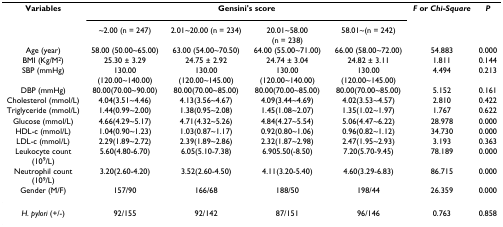
<table><thead><tr><td><b>Variables</b></td><td colspan="4"><b>Gensini&#x27;s score</b></td><td><b><i>F </i>or <i>Chi-Square</i></b></td><td><b><i>P</i></b></td></tr><tr><td></td><td><b>~2.00 (n = 247)</b></td><td><b>2.01~20.00 (n = 234)</b></td><td><b>20.01~58.00 (n = 238)</b></td><td><b>58.01~(n = 242)</b></td><td></td><td></td></tr><tr><td><b>Age (year)</b></td><td><b>58.00 (50.00~65.00)</b></td><td><b>63.00 (54.00~70.50)</b></td><td><b>64.00 (55.00~71.00)</b></td><td><b>66.00 (58.00~72.00)</b></td><td><b>54.883</b></td><td><b>0.000</b></td></tr><tr><td><b>BMI (Kg/M<sup>2</sup>)</b></td><td><b>25.30 ± 3.29</b></td><td><b>24.75 ± 2.92</b></td><td><b>24.74 ± 3.04</b></td><td><b>24.82 ± 3.11</b></td><td><b>1.811</b></td><td><b>0.144</b></td></tr><tr><td><b>SBP (mmHg)</b></td><td><b>130.00(120.00~140.00)</b></td><td><b>130.00(120.00~145.00)</b></td><td><b>130.00(120.00~140.00)</b></td><td><b>130.00(120.00~145.00)</b></td><td><b>4.494</b></td><td><b>0.213</b></td></tr><tr><td><b>DBP (mmHg)</b></td><td><b>80.00(70.00~90.00)</b></td><td><b>80.00(70.00~85.00)</b></td><td><b>80.00(70.00~85.00)</b></td><td><b>80.00(70.00~85.00)</b></td><td><b>5.152</b></td><td><b>0.161</b></td></tr><tr><td><b>Cholesterol (mmol/L)</b></td><td><b>4.04(3.51~4.46)</b></td><td><b>4.13(3.56~4.67)</b></td><td><b>4.09(3.44~4.69)</b></td><td><b>4.02(3.53~4.57)</b></td><td><b>2.810</b></td><td><b>0.422</b></td></tr><tr><td><b>Triglyceride (mmol/L)</b></td><td><b>1.44(0.99~2.00)</b></td><td><b>1.38(0.95~2.08)</b></td><td><b>1.45(1.08~2.07)</b></td><td><b>1.35(1.02~1.97)</b></td><td><b>1.767</b></td><td><b>0.622</b></td></tr><tr><td><b>Glucose (mmol/L)</b></td><td><b>4.66(4.29~5.17)</b></td><td><b>4.71(4.32~5.26)</b></td><td><b>4.84(4.27~5.54)</b></td><td><b>5.06(4.47~6.22)</b></td><td><b>28.978</b></td><td><b>0.000</b></td></tr><tr><td><b>HDL-c (mmol/L)</b></td><td><b>1.04(0.90~1.23)</b></td><td><b>1.03(0.87~1.17)</b></td><td><b>0.92(0.80~1.06)</b></td><td><b>0.96(0.82~1.12)</b></td><td><b>34.730</b></td><td><b>0.000</b></td></tr><tr><td><b>LDL-c (mmol/L)</b></td><td><b>2.29(1.89~2.72)</b></td><td><b>2.39(1.89~2.86)</b></td><td><b>2.32(1.87~2.98)</b></td><td><b>2.47(1.95~2.93)</b></td><td><b>3.193</b></td><td><b>0.363</b></td></tr><tr><td><b>Leukocyte count (10<sup>9</sup>/L)</b></td><td><b>5.60(4.80-6.70)</b></td><td><b>6.05(5.10-7.38)</b></td><td><b>6.905.50(-8.50)</b></td><td><b>7.20(5.70-9.45)</b></td><td><b>78.189</b></td><td><b>0.000</b></td></tr><tr><td><b>Neutrophil count (10<sup>9</sup>/L)</b></td><td><b>3.20(2.60-4.20)</b></td><td><b>3.52(2.60-4.50)</b></td><td><b>4.11(3.20-5.40)</b></td><td><b>4.60(3.29-6.83)</b></td><td><b>86.715</b></td><td><b>0.000</b></td></tr><tr><td><b>Gender (M/F)</b></td><td><b>157/90</b></td><td><b>166/68</b></td><td><b>188/50</b></td><td><b>198/44</b></td><td><b>26.359</b></td><td><b>0.000</b></td></tr></thead><tbody><tr><td><i>H. pylori </i>(+/-)</td><td>92/155</td><td>92/142</td><td>87/151</td><td>96/146</td><td>0.763</td><td>0.858</td></tr></tbody></table>